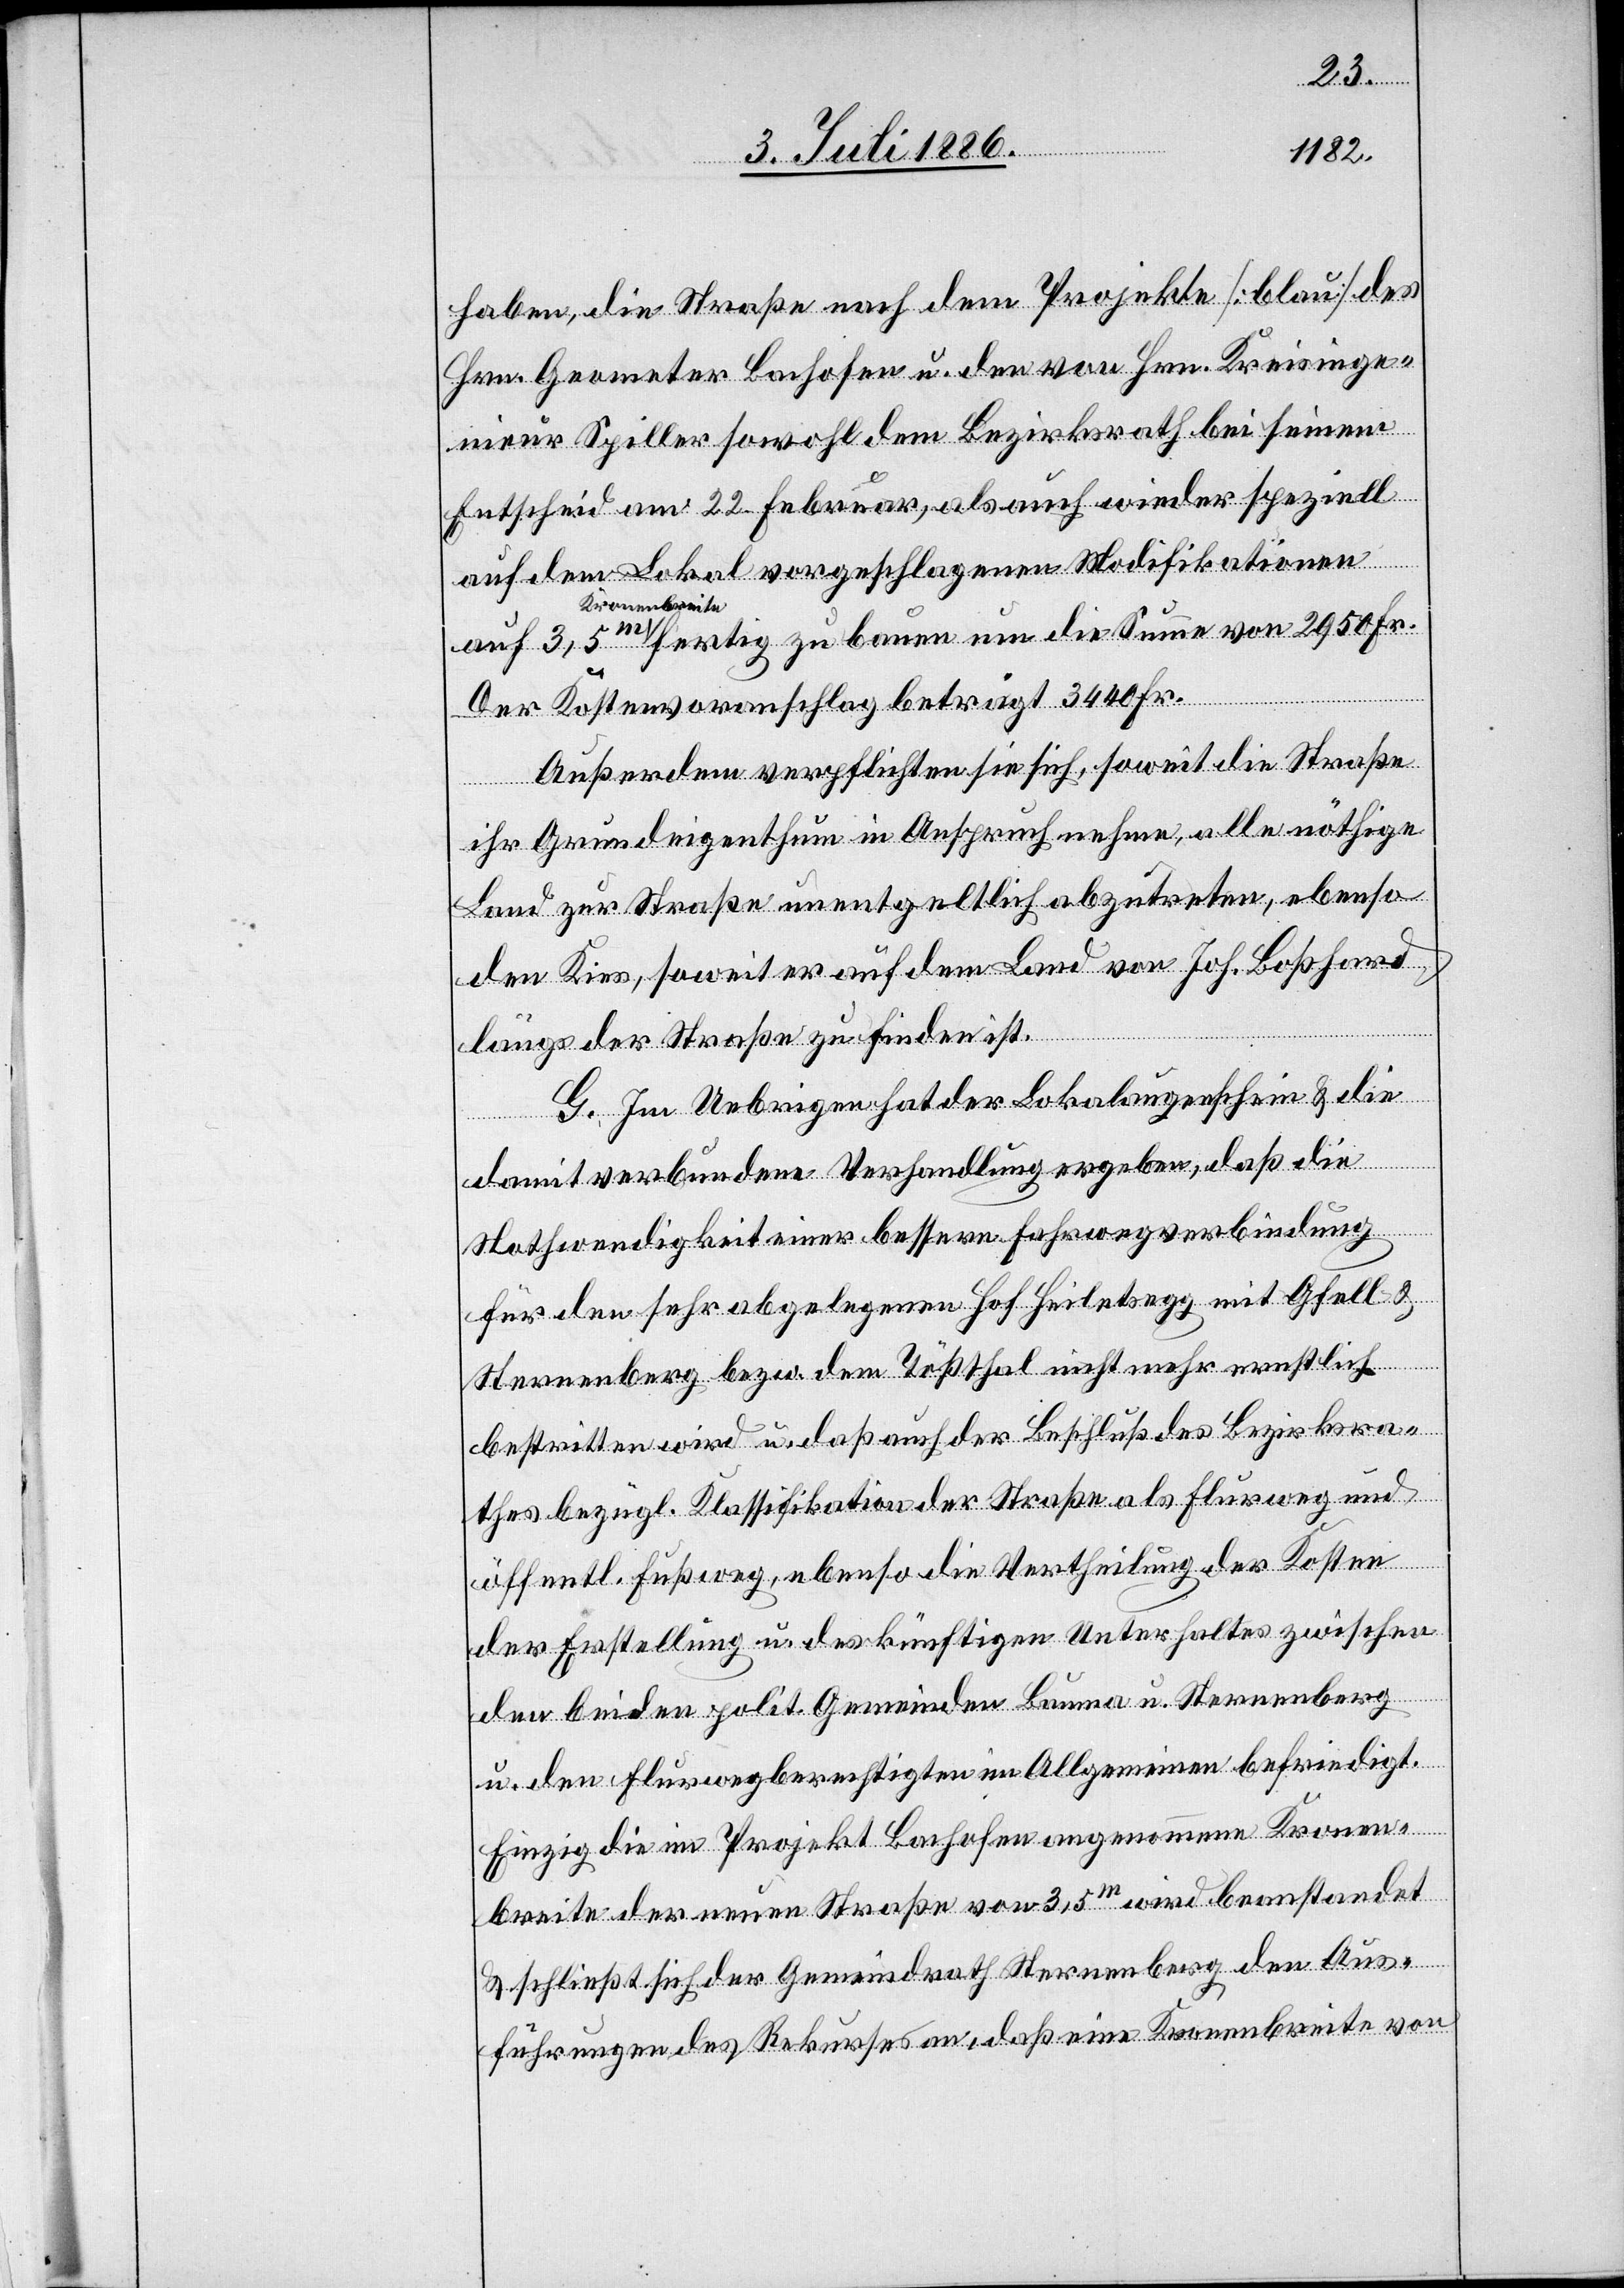
haben, die Straße nach dem Projekte [blau] des
Hrn. Geometer Bachofen u. den von Hrn. Kreisinge¬
nieur Spiller sowohl dem Bezirksrath bei seinem
Entscheid am 22. Februar, als auch wieder speziell
auf dem Lokal vorgeschlagenen Modifikationen
Kronenbreite
fertig zu bauen um die Summe von 2950 Fr.
Der Kostenvoranschlag beträgt 3440 Fr.
Außerdem verpflichten sie sich, soweit die Straße
ihr Grundeigenthum in Anspruch nehme, alle[s] nöthige
Land zur Straße unentgeltlich abzutreten, ebenso
den Kies, soweit er auf dem Land von Joh. Boßhard
längs der Straße zu finden ist.
G. Im Uebrigen hat der Lokalaugenschein & die
damit verbundene Verhandlung ergeben, daß die
Nothwendigkeit einer bessern Fahrverbindung
für den sehr abgelegenen Hof Heiletsegg mit Gfell &
Sternenberg bezw. dem Tößthal nicht mehr ernstlich
bestritten wird u. daß auch der Beschluß des Bezirksra¬
thes bezügl. Klassifikation der Straße als Flurweg und
öffentl. Fußweg, ebenso die Vertheilung der Kosten
der Erstellung u. des künftigen Unterhaltes zwischen
den beiden polit. Gemeinden Bauma u. Sternenberg
u. den Flurwegberechtigten im Allgemeinen befriedigt.
Einzig die im Projekt Bachofen angenommene Kronen¬
breite der neuen Straße von 3,5m wird beanstandet
& schließt sich der Gemeindrath Sternenberg den Aus¬
führungen des Rekurses an, daß eine Kronenbreite von